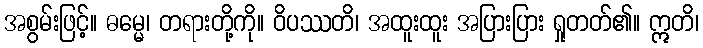
အစွမ်းဖြင့်။ ဓမ္မေ၊ တရားတို့ကို။ ဝိပဿတိ၊ အထူးထူး အပြားပြား ရှုတတ်၏။ ဣတိ၊